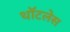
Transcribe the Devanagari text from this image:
थॉटलेस